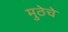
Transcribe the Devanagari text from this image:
मुठेचे